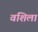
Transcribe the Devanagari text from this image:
वशिला